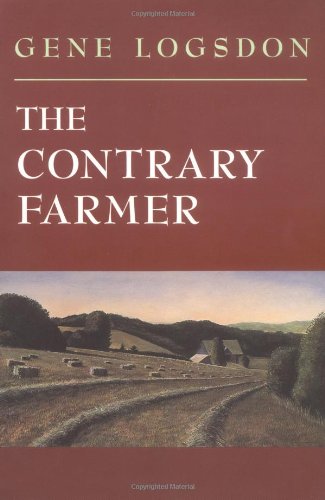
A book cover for The Contrary Farmer (Real Goods Independent Living Book); Gene Logsdon; Politics & Social Sciences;